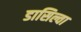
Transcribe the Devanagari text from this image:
डासिल्वा